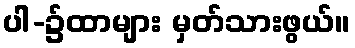
ပါ-၌ထာများ မှတ်သားဖွယ်။